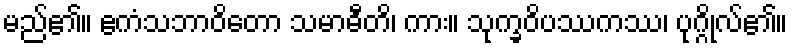
မည်၏။ ဧကံသဘာဝိတော သမာဓီတိ၊ ကား။ သုက္ခဝိပဿကဿ၊ ပုဂ္ဂိုလ်၏။